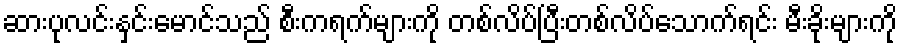
ဆားပုလင်းနှင်းမောင်သည် စီးကရက်များကို တစ်လိပ်ပြီးတစ်လိပ်သောက်ရင်း မီးခိုးများကို